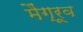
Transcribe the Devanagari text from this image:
मैंग्रूव